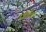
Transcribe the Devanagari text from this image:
फ्रैंके